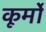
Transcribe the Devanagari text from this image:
कूर्मो